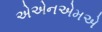
એએનએમએ